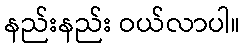
နည်းနည်း ဝယ်လာပါ။